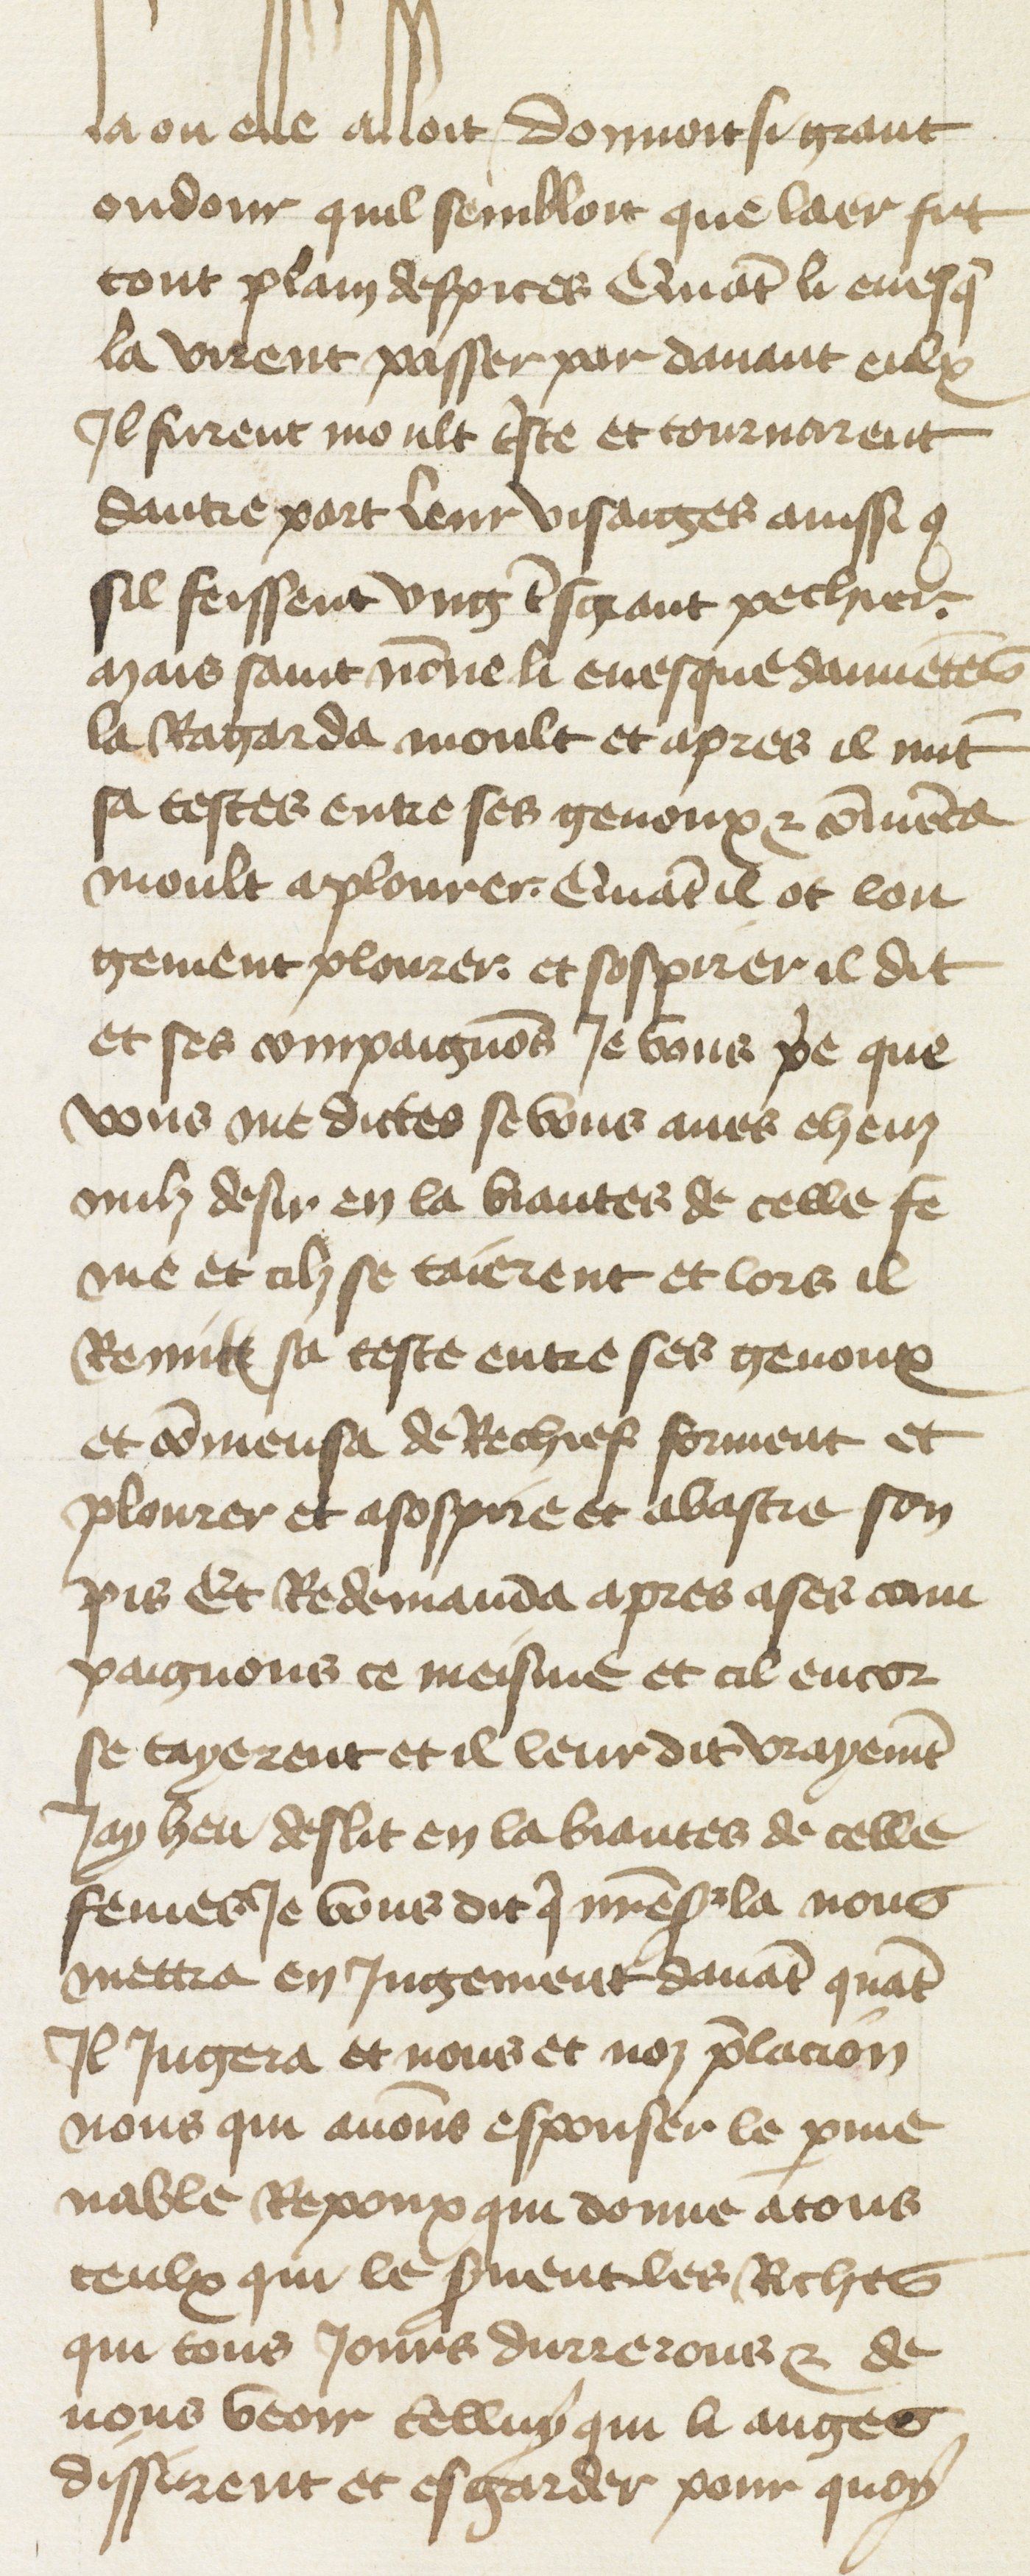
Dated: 1400–1499